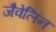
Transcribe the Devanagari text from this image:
जैवेलिन